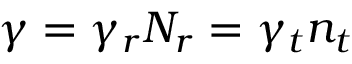
\gamma = \gamma _ { r } N _ { r } = \gamma _ { t } n _ { t }